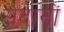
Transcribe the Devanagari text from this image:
सदानों